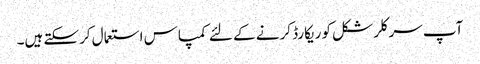
آپ سرکلر شکل کو ریکارڈ کرنے کے لئے کمپاس استعمال کرسکتے ہیں۔